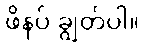
ဖိနပ် ချွတ်ပါ။